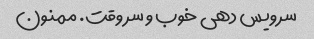
سرویس دهی خوب و سر وقت. ممنون